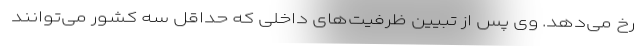
رخ می‌دهد. وی پس از تبیین ظرفیت‌های داخلی که حداقل سه کشور می‌توانند